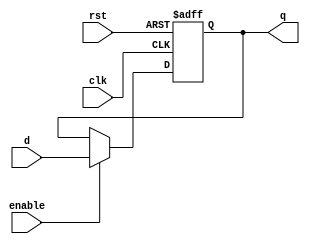
module enable_latch (
    input wire clk,
    input wire rst,
    input wire enable,
    input wire d,
    output reg q
);

always @(posedge clk or posedge rst) begin
    if (rst) begin
        q <= 1'b0;
    end else begin
        if (enable) begin
            q <= d;
        end
    end
end

endmodule